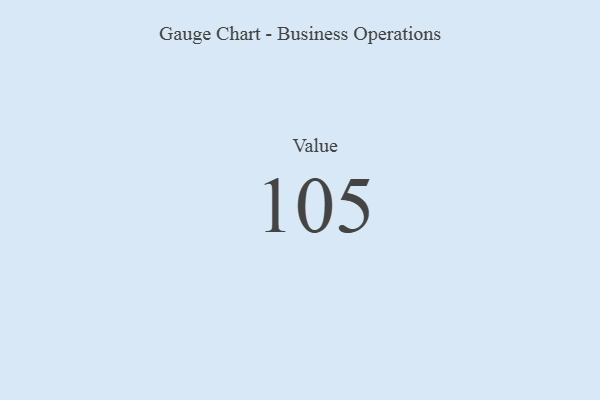
{"axis": {"x": "Metric", "y": "Value"}, "legend": [""], "data": [{"x": "Value", "y": 105, "type": ""}]}